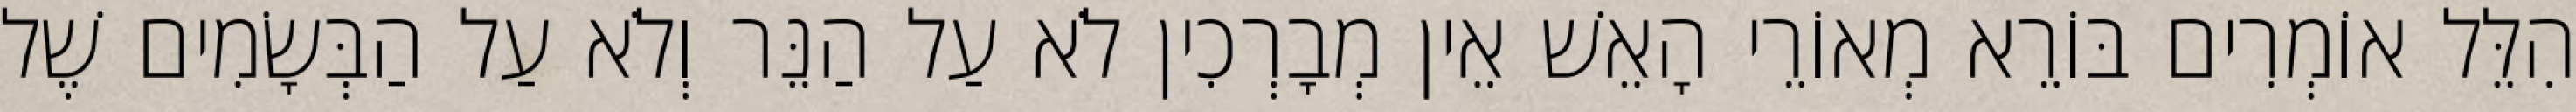
הִלֵּל אוֹמְרִים בּוֹרֵא מְאוֹרֵי הָאֵשׁ אֵין מְבָרְכִין לֹא עַל הַנֵּר וְלֹא עַל הַבְּשָׂמִים שֶׁל